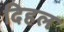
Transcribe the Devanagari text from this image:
दिहल